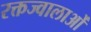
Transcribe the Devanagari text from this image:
रक्तज्वालाओं